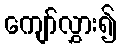
ကျော်လွှား၍